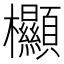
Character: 𣡲